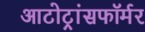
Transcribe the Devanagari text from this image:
आटोट्रांसफॉर्मर